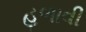
હળાવી